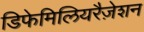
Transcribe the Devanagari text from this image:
डिफेमिलियरैज़ेशन